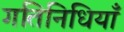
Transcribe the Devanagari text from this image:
गतिनिधियाँ